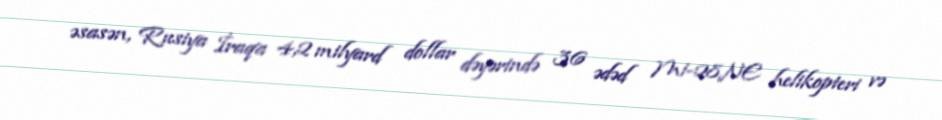
əsasən, Rusiya İraqa 4,2 milyard dollar dəyərində 36 ədəd Mi-28NE helikopteri və